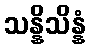
သန္နိသိန္နံ